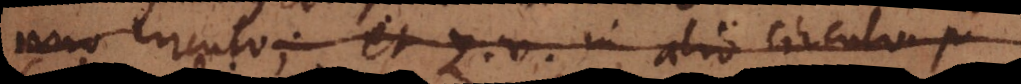
uno circulo; et z, v in alio circul